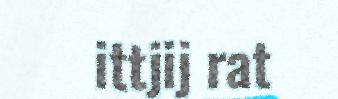
ittjij rat